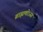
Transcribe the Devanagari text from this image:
ब्राह्मणोऽस्य